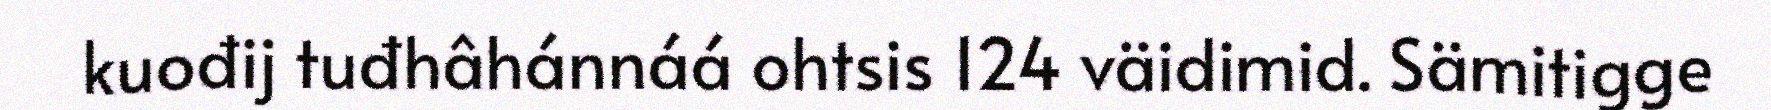
kuođij tuđhâhánnáá ohtsis 124 väidimid. Sämitigge